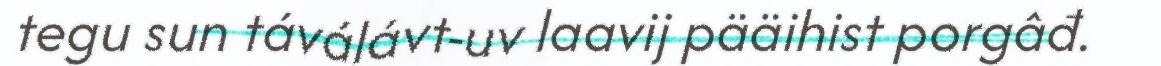
tegu sun táválávt-uv laavij pääihist porgâđ.